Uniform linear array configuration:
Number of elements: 4
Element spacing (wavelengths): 0.75
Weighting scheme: exponential
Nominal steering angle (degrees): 45
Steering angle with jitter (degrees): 45.266
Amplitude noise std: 0.05
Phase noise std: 0.05

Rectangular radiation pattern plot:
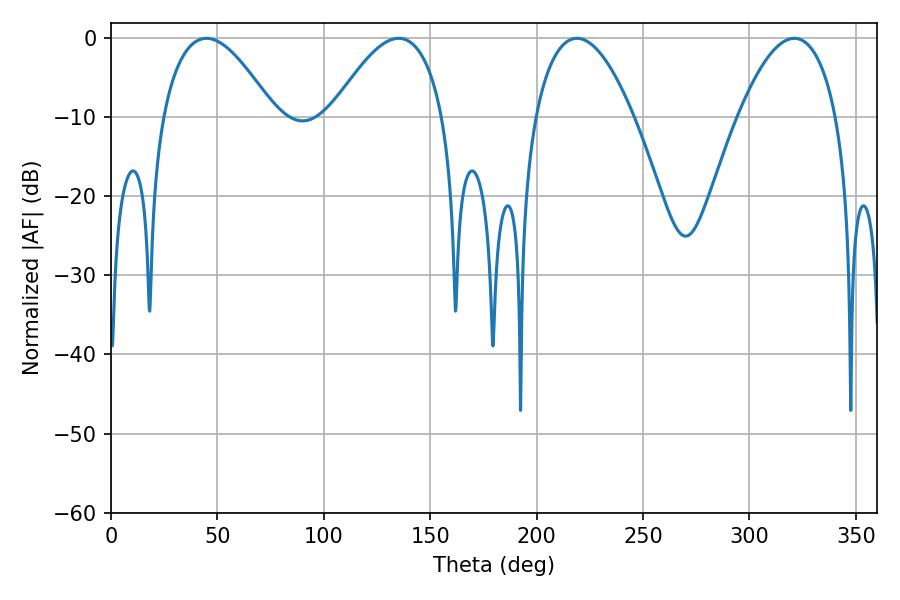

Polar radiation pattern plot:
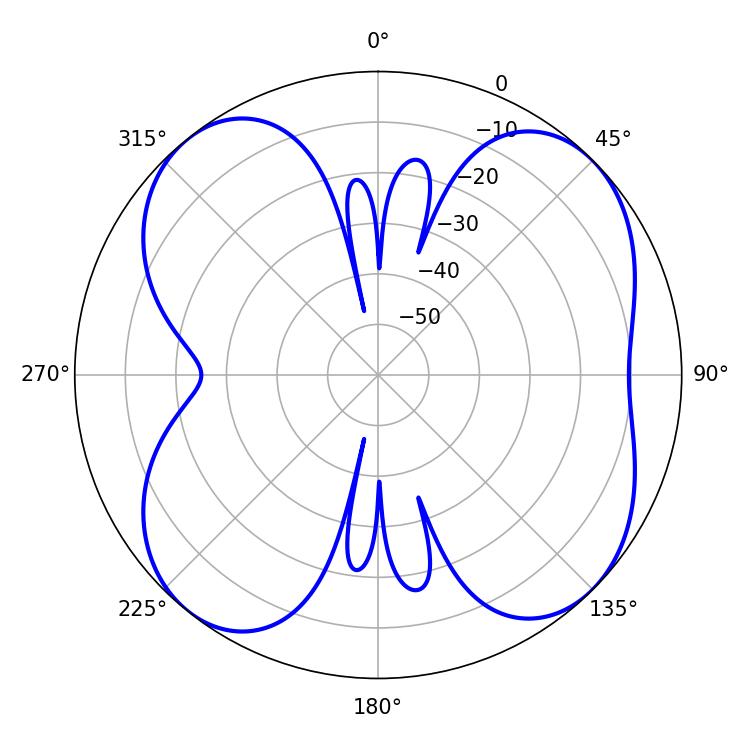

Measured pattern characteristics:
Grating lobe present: TRUE
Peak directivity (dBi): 9.962
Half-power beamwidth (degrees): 28.8
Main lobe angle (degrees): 44.82